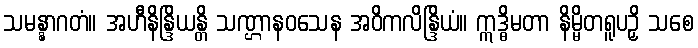
သမန္နာဂတံ။ အဟီနိန္ဒြိယန္တိ သဏ္ဌာနဝသေန အဝိကလိန္ဒြိယံ။ ဣဒ္ဓိမတာ နိမ္မိတရူပဉှိ သစေ